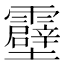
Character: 𫕶